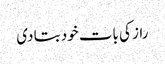
راز کی بات خود بتا دی